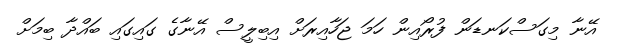
އޭނާ މިގަސްކަނޑަން ފުރޯއިން ހަމަ ޖަހާއިރަށް އިބިލީސް އޭނާގެ ގައިގައި ބައްދާ ބިމަށް